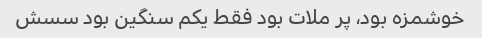
خوشمزه بود، پر ملات بود فقط یکم سنگین بود سسش